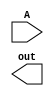
module mux8to1(A, out);
	input[7:0] A;
	output out;
endmodule